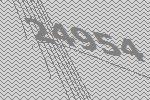
24954